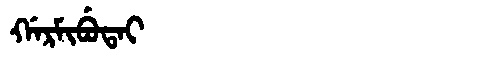
Manchu: ᡤᠠᡵᠮᡳᠪᡠᡨᠠᡳ
Romanization: GARMIBUTAI